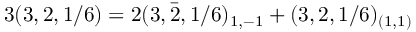
3 ( 3 , 2 , 1 / 6 ) = 2 ( 3 , \bar { 2 } , 1 / 6 ) _ { 1 , - 1 } + ( 3 , 2 , 1 / 6 ) _ { ( 1 , 1 ) }